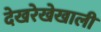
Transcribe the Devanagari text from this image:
देखरेखेखाली